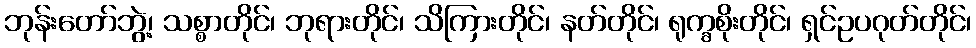
ဘုန်းတော်ဘွဲ့၊ သစ္စာတိုင်၊ ဘုရားတိုင်၊ သိကြားတိုင်၊ နတ်တိုင်၊ ရုက္ခစိုးတိုင်၊ ရှင်ဥပဂုတ်တိုင်၊